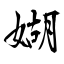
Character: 媩